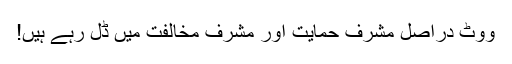
ووٹ دراصل مشرف حمایت اور مشرف مخالفت میں ڈل رہے ہیں!